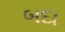
બદા